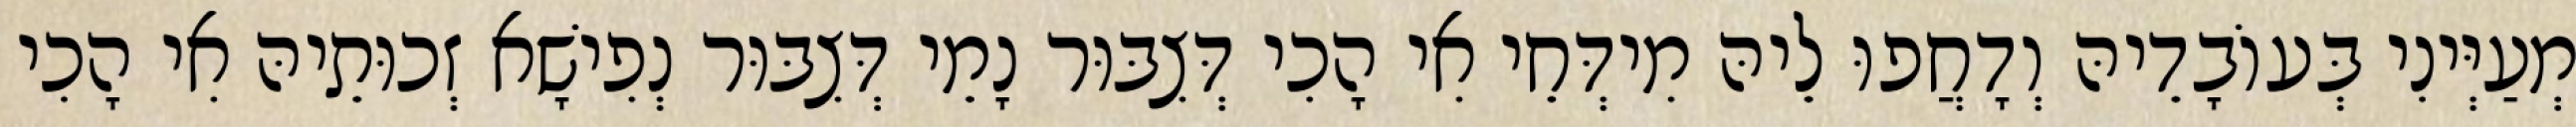
מְעַיְּינִי בְּעוֹבָדֵיהּ וְדָחֲפוּ לֵיהּ מִידְּחֵי אִי הָכִי דְּצִבּוּר נָמֵי דְּצִבּוּר נְפִישָׁא זְכוּתֵיהּ אִי הָכִי